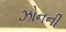
ઝોનની